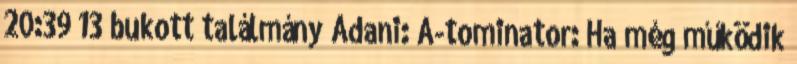
20:39 13 bukott találmány Adani: A-tominator: Ha még működik